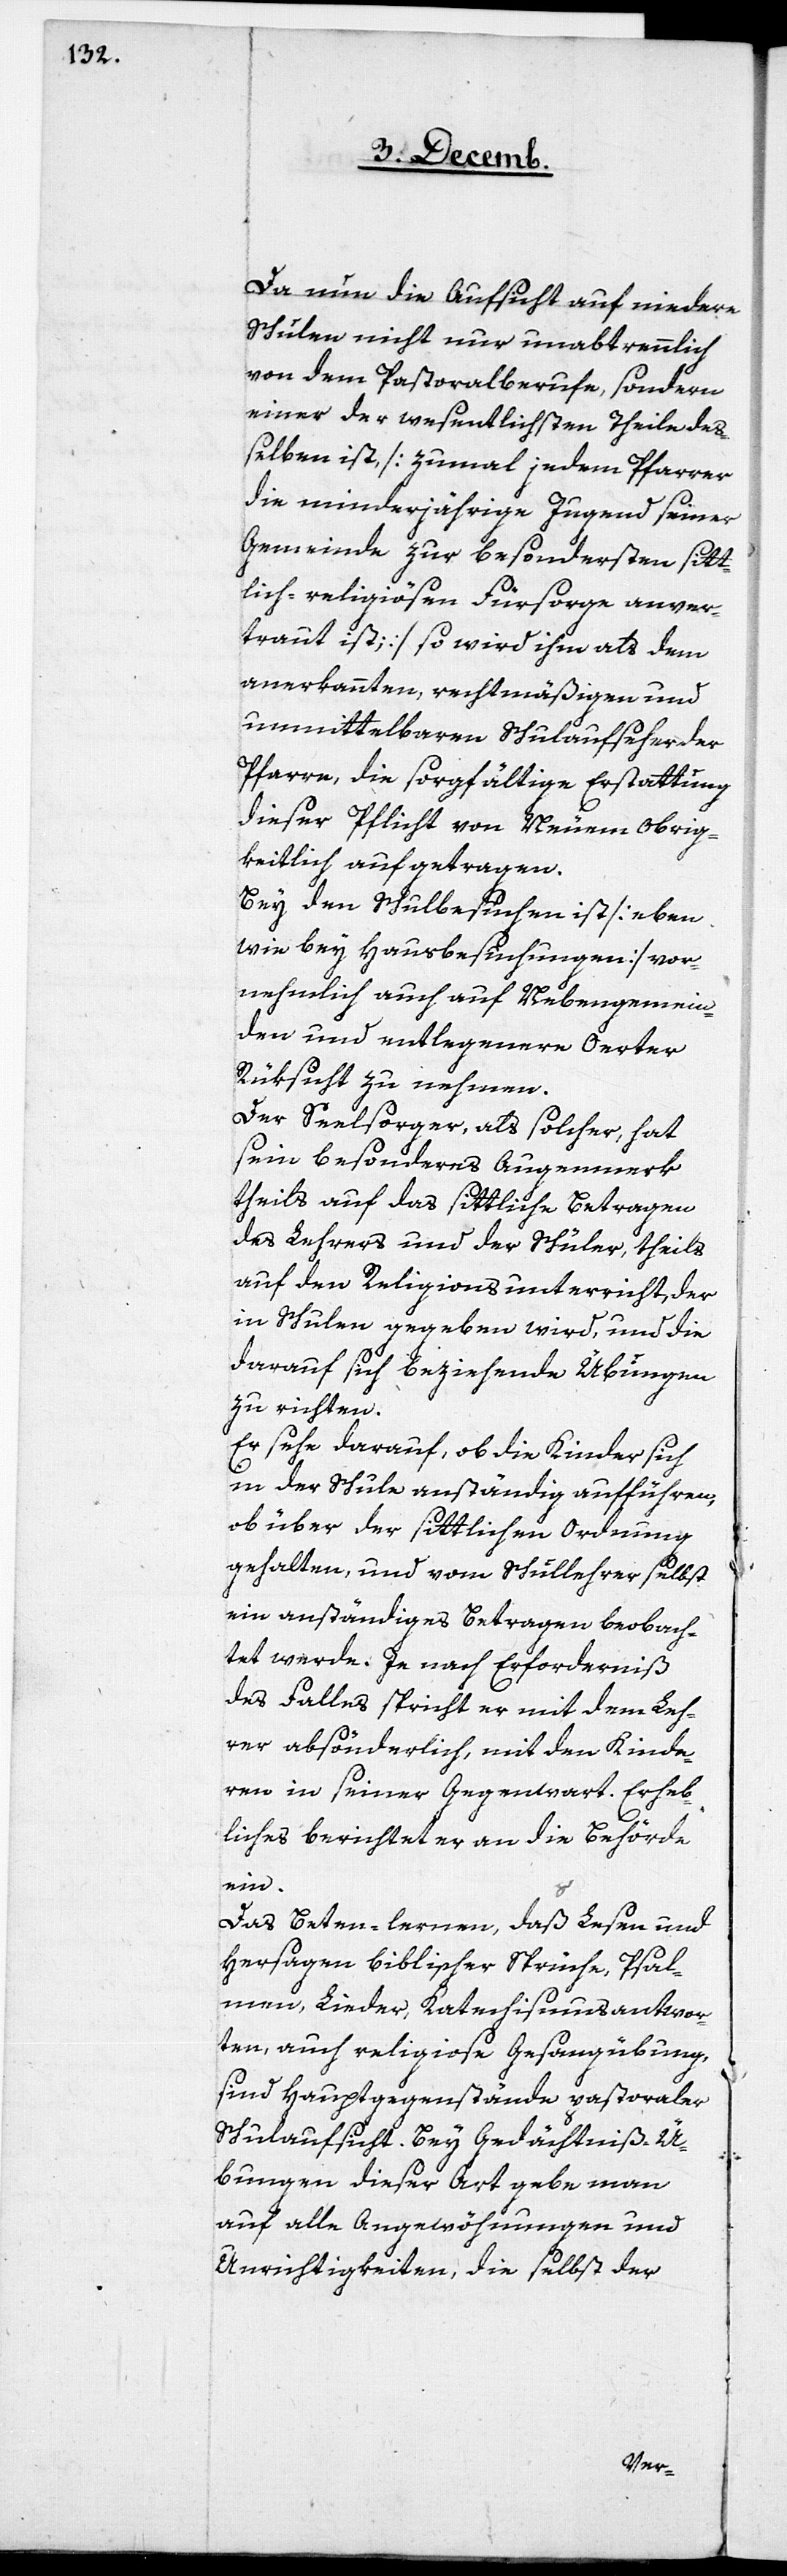
Da nun die Aufsicht auf niedere
Schulen nicht nur unabtrennlich
von dem Pastoralberufe, sondern
einer der wesentlichsten Theile de¬
ßelben ist, [zumal jedem Pfarrer
die minderjährige Jugend seiner
Gemeinde zu besondersten sitt¬
lich religiösen Fürsorge anver¬
traut ist] so wird ihm als dem
anerkannten, rechtmäßigen und
unmittelbaren Schulaufseher der
Pfarre, die sorgfältige Erstattung
dieser Pflicht von Neuem Obrig¬
keitlich aufgetragen.
Bey den Schulbesuchen ist [eben
wie bey Hausbesuchungen] vor¬
nehmlich auch auf Nebengemein¬
den und entlegenere Oerter
Rüksicht zu nehmen.
Der Seelsorger, als solcher, hat
sein besonderes Augenmerk
theils auf das sittliche Betragen
des Lehrers und der Schüler, theils
auf den Religionsunterricht, der
in Schulen gegeben wird, und die
darauf sich beziehende Übungen
zu richten.
Er sehe darauf, ob die Kinder sich
in der Schule anständig aufführen,
ob über der sittlichen Ordnung
gehalten, und vom Schullehrer selbst
ein anständiges Betragen beobach¬
tet werde. Je nach Erforderniß
des Falles spricht er mit dem Leh¬
rer absönderlich, mit den Kinde¬
ren in seiner Gegenwart. Erheb¬
liches berichtet er an die Behörde
ein.
Das Beten-lernen, daß Lesen
Hersagen biblischer Sprüche, Psal¬
men, Lieder, Katechismusantwor¬
ten, auch religiose Gesangübung,
sind Hauptgegenstände pastoraler
Schulaufsicht. Bey Gedächtniß-Ü¬
bungen dieser Art gebe man
auf alle Angewöhnungen und
Unrichtigkeiten, die selbst der